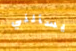
يسألني